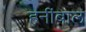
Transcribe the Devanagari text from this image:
हनींबाल